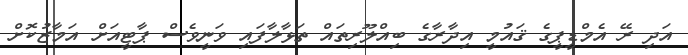
އަދި ރޭ އެމްޑީޕީގެ ޤައުމީ އިދާރާގެ ބިއްލޫރިތައް ތަޅާލާފައި ވަނީވެސް ޕާޓީއަށް އަމާޒުކޮށް